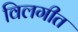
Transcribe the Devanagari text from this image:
विलगीत